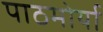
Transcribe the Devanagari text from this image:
पाठमोर्या